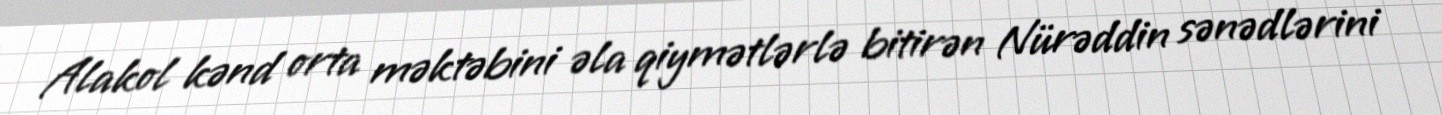
Alakol kənd orta məktəbini əla qiymətlərlə bitirən Nürəddin sənədlərini